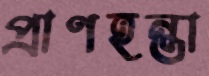
প্রাণহন্তা